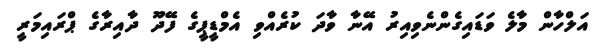
އަލްހާން މާލެ ވަޑައިގެންނެވިއިރު އޭނާ ވާދަ ކުރެއްވި އެމްޑީޕީގެ ފޭދޫ ދާއިރާގެ ޕްރައިމަރީ